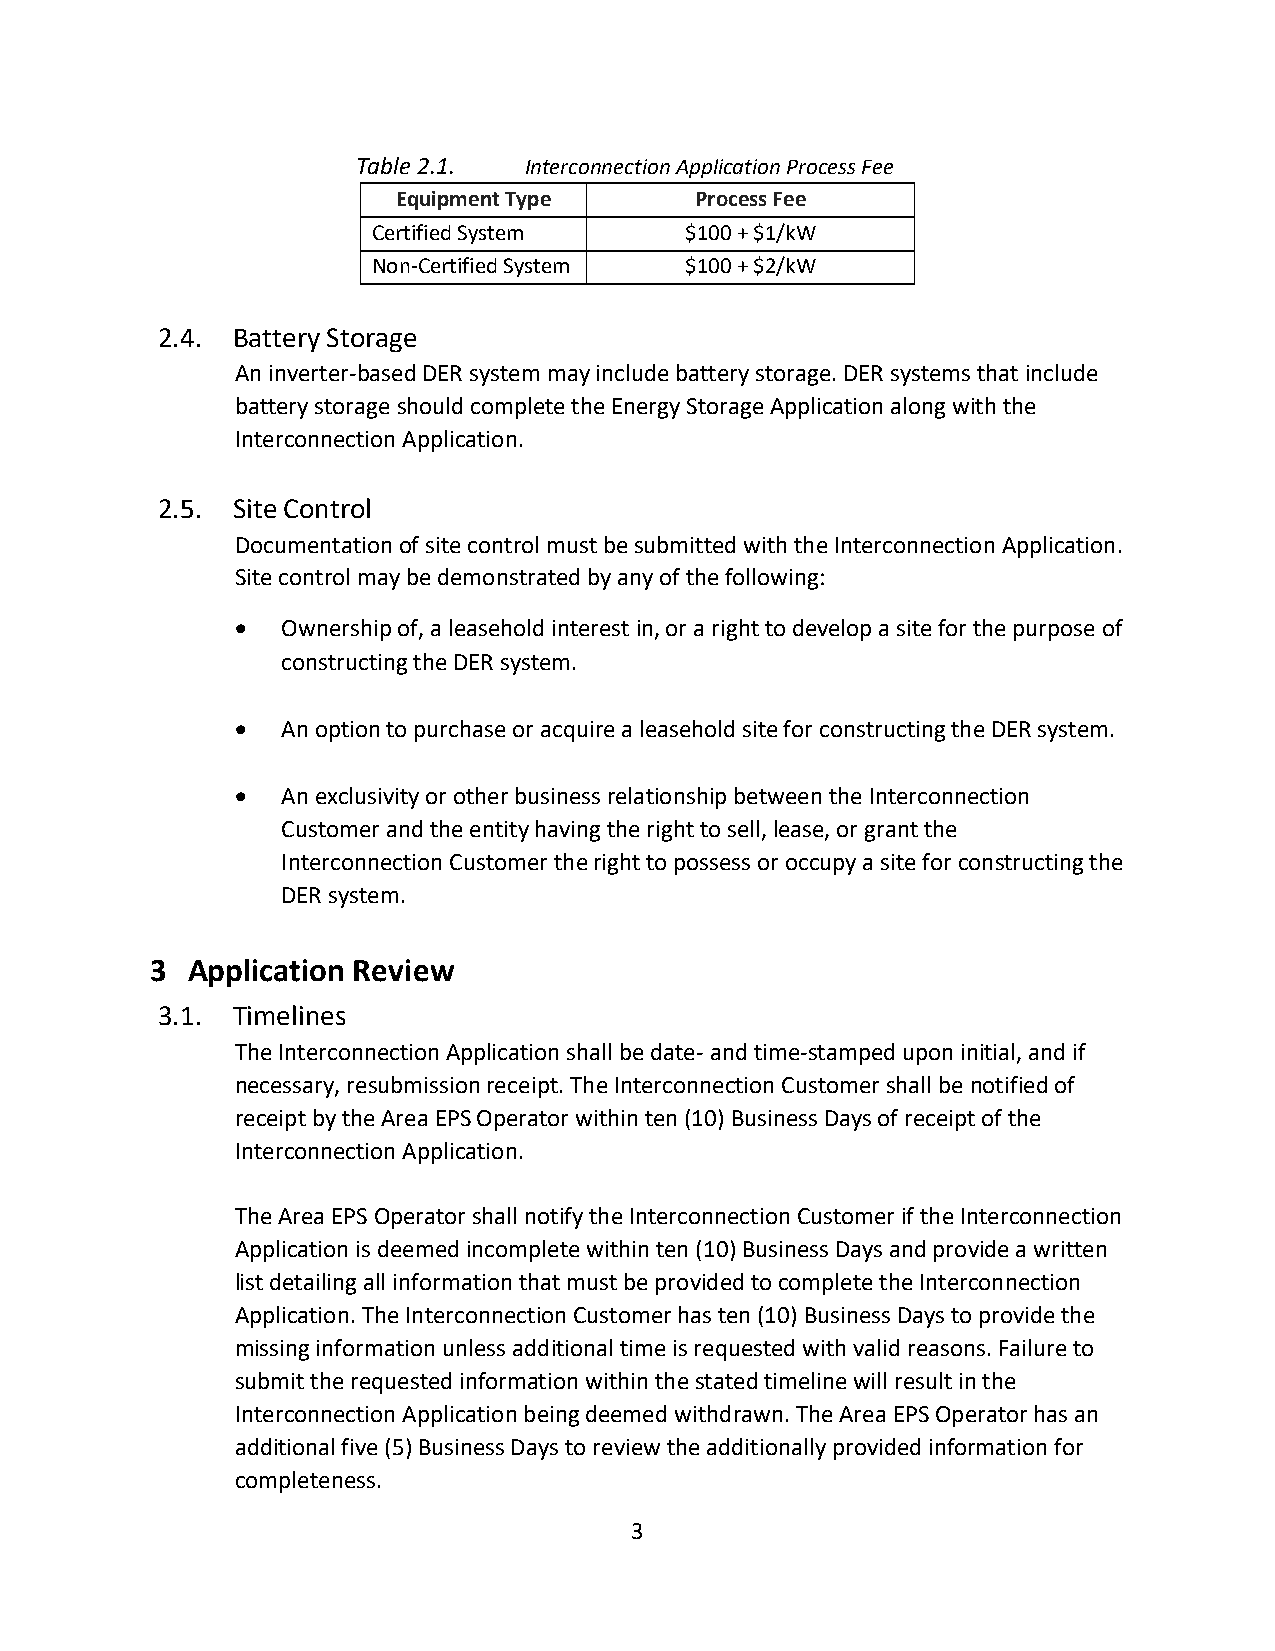
Table 2.1. Interconnection Application Process Fee
 Equipment Type      Process Fee
 Certified System    $100 + $1/kW
 Non-Certified System $100 + $2/kW
 2.4. Battery Storage
 An inverter-based DER system may include battery storage. DER systems that include
 battery storage should complete the Energy Storage Application along with the
 Interconnection Application.
 2.5. Site Control
 Documentation of site control must be submitted with the Interconnection Application.
 Site control may be demonstrated by any of the following:
   Ownership of, a leasehold interest in, or a right to develop a site for the purpose of
 constructing the DER system.
   An option to purchase or acquire a leasehold site for constructing the DER system.
   An exclusivity or other business relationship between the Interconnection
 Customer and the entity having the right to sell, lease, or grant the
 Interconnection Customer the right to possess or occupy a site for constructing the
 DER system.
 3 Application Review
 3.1. Timelines
 The Interconnection Application shall be date- and time-stamped upon initial, and if
 necessary, resubmission receipt. The Interconnection Customer shall be notified of
 receipt by the Area EPS Operator within ten (10) Business Days of receipt of the
 Interconnection Application.
 The Area EPS Operator shall notify the Interconnection Customer if the Interconnection
 Application is deemed incomplete within ten (10) Business Days and provide a written
 list detailing all information that must be provided to complete the Interconnection
 Application. The Interconnection Customer has ten (10) Business Days to provide the
 missing information unless additional time is requested with valid reasons. Failure to
 submit the requested information within the stated timeline will result in the
 Interconnection Application being deemed withdrawn. The Area EPS Operator has an
 additional five (5) Business Days to review the additionally provided information for
 completeness.
 3